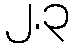
၂.၃